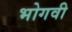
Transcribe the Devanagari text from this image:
भोगवी